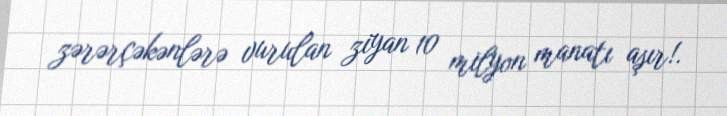
zərərçəkənlərə vurulan ziyan 10 milyon manatı aşır!.